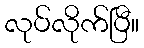
လုပ်လိုက်ပြီ။